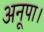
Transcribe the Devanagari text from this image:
अनूपा।